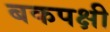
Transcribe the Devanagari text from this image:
बकपक्षी